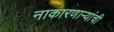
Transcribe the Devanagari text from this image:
नाकारणाऱ्यांची